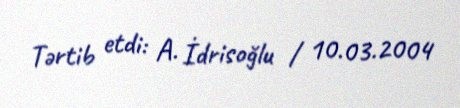
Tərtib etdi: A. İdrisoğlu / 10.03.2004